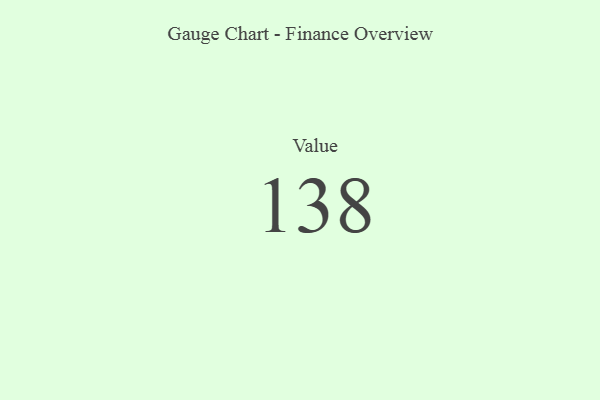
{"axis": {"x": "Metric", "y": "Value"}, "legend": [""], "data": [{"x": "Value", "y": 138, "type": ""}]}